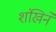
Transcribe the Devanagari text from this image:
शंखिने